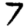
Digit: 7